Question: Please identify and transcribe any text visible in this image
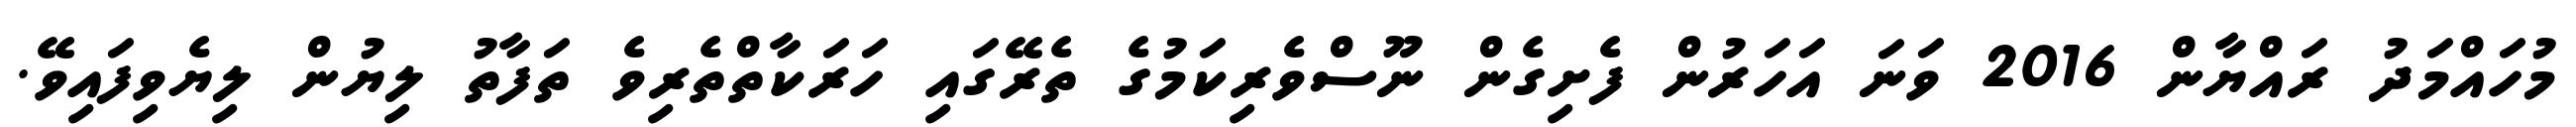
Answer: މުހައްމަދު ރައްޔާން 2016 ވަނަ އަހަރުން ފެށިގެން ނޫސްވެރިކަމުގެ ތެރޭގައި ހަރަކާތްތެރިވެ ތަފާތު ލިޔުން ލިޔެވިފައިވޭ.